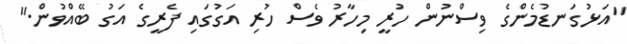
"އަޅުގަނޑުމެންގެ ވިސްނުން ހުރީ މިހާރު ވެސް ހުރި އަގުގައި ފެރީގެ އަގު ބޭއްވުން."